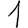
Digit: 1